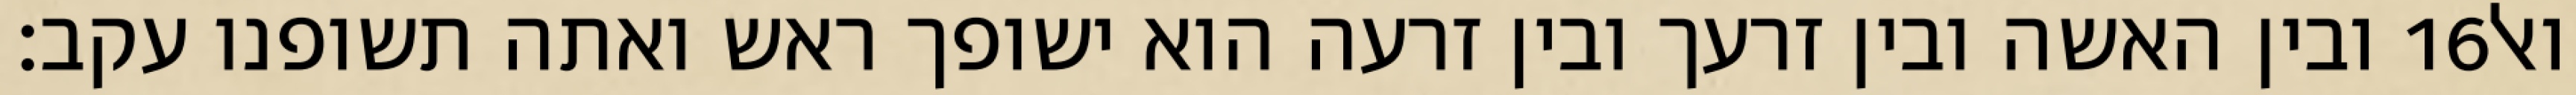
ובין האשה ובין זרעך ובין זרעה הוא ישופך ראש ואתה תשופנו עקב׃ ‎16‏ ואל